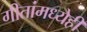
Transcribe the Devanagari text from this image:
गीतांमध्येही